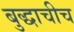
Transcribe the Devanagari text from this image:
बुद्धाचीच